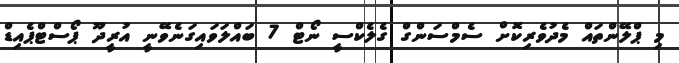
މި ޕްލޭންތައް މެދުވެރިކޮށް ސެމްސަންގް ގެލެކްސީ ނޯޓް 7 ބައްލަވައިގަނެވޭނީ އުރީދޫ ޕޯސްޓްޕެއިޑް